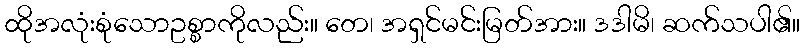
ထိုအလုံးစုံသောဥစ္စာကိုလည်း။ တေ၊ အရှင်မင်းမြတ်အား။ ဒဒါမိ၊ ဆက်သပါ၏။